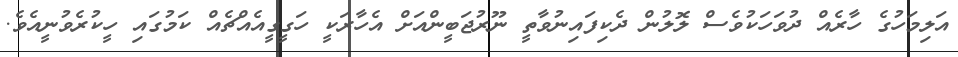
އަލިމަހުގެ ހާރެއް ދުވަހަކުވެސް ލޮލުން ދެކިފައިނުވާތީ ނޫރުޖަބީންއަށް އެހާރަކީ ހަގީގީއެއްޗެއް ކަމުގައި ހީކުރެވުނީއެވެ.